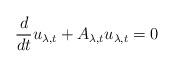
LaTeX: \begin{align*} \frac{d}{dt} u_{\lambda,t} + A_{\lambda,t}u_{\lambda,t} = 0 \end{align*}